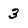
Character: 3